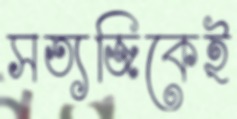
সত্যজিকেই